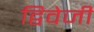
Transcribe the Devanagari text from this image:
द्विवेजी